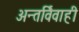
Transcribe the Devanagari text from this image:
अन्तर्विवाही